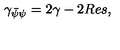
\gamma _ { \bar { \psi } \psi } = 2 \gamma - 2 R e s ,